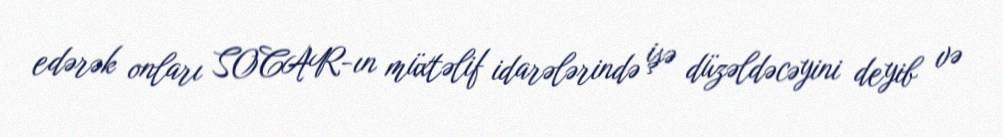
edərək onları SOCAR-ın müxtəlif idarələrində işə düzəldəcəyini deyib və